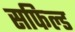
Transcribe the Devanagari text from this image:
सफिल्ड